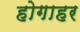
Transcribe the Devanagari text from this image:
होगाहर